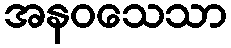
အနဝသေသာ